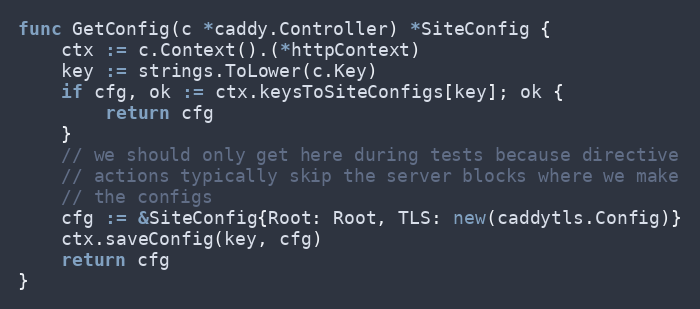
Language: Go
func GetConfig(c *caddy.Controller) *SiteConfig {
	ctx := c.Context().(*httpContext)
	key := strings.ToLower(c.Key)
	if cfg, ok := ctx.keysToSiteConfigs[key]; ok {
		return cfg
	}
	// we should only get here during tests because directive
	// actions typically skip the server blocks where we make
	// the configs
	cfg := &SiteConfig{Root: Root, TLS: new(caddytls.Config)}
	ctx.saveConfig(key, cfg)
	return cfg
}